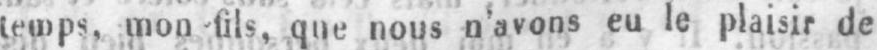
temps, mon fils, que nous n’avons eu le plaisir de